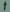
"i